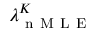
\lambda _ { \mathrm { ~ n ~ M ~ L ~ E ~ } } ^ { K }